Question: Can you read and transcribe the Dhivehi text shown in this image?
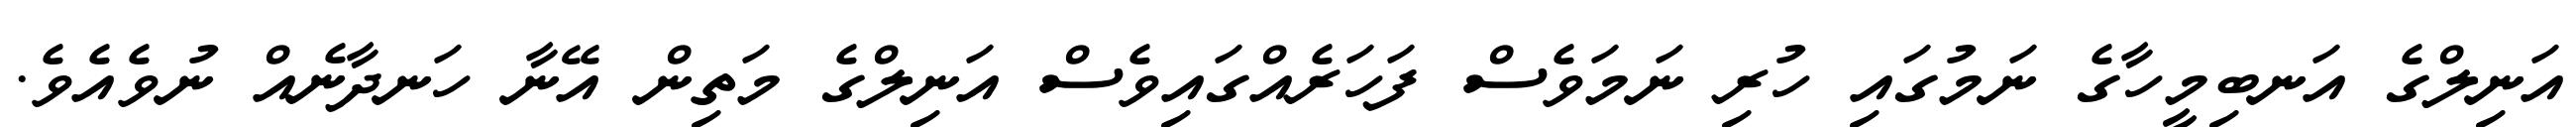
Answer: އަނިލްގެ އަނބިމީހާގެ ނަމުގައި ހުރި ނަމަވެސް ފަހަރެއްގައިވެސް އަނިލްގެ މަތިން އޭނާ ހަނދާނެއް ނުވެއެވެ.